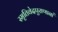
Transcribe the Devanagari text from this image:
स्मृतिवेदपुराणानां